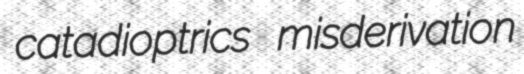
catadioptrics misderivation